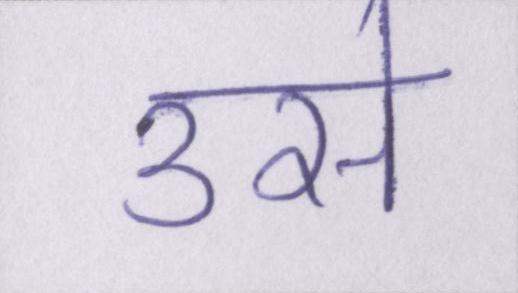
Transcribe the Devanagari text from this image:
उसे